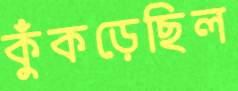
কুঁকড়েছিল